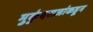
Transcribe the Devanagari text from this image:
मुकुंदराजांकडून